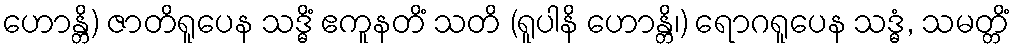
ဟောန္တိ) ဇာတိရူပေန သဒ္ဓိံ ဧကူနတိံ သတိ (ရူပါနိ ဟောန္တိ၊) ရောဂရူပေန သဒ္ဓံ, သမတ္တိံ